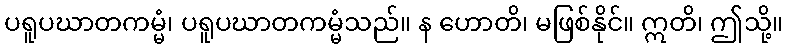
ပရူပဃာတကမ္မံ၊ ပရူပဃာတကမ္မံသည်။ န ဟောတိ၊ မဖြစ်နိုင်။ ဣတိ၊ ဤသို့။